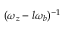
( \omega _ { z } - l \omega _ { b } ) ^ { - 1 }